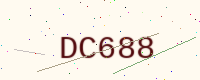
Text: DC688